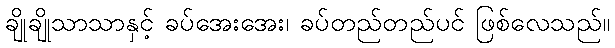
ချိုချိုသာသာနှင့် ခပ်အေးအေး၊ ခပ်တည်တည်ပင် ဖြစ်လေသည်။